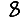
Digit: 8